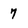
Character: 7